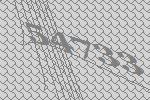
54733